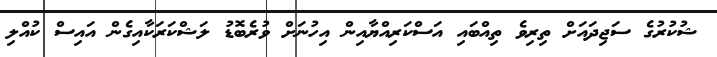
ޝުކުރުގެ ސަޖިދައަށް ތިރިވެ ތިއްބައި އަސްކަރިއްޔާއިން އިހުނަށް ވުރެބޮޑު ލަޝްކަރަކާއިގެން އައިސް ކުއްލި